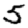
Digit: 5